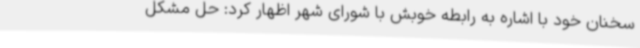
سخنان خود با اشاره به رابطه خوبش با شورای شهر اظهار کرد: حل مشکل